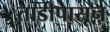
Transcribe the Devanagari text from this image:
ताडीपासून